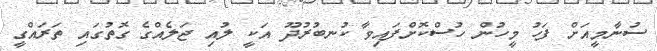
ސުނާމީއަށް ފަހު މީހުން ހުސްކޮށްފައިވާ ކުނބުރުދޫ އަކީ ލުއި ޖަލެއްގެ ގޮތުގައި ތަރައްގީ